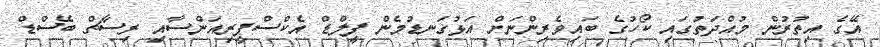
އޭގެ އިތުރުން މުއްދަތުގައި ކޯހުގެ ބައިވެރިންނަށް އަޅުގަނޑުމެން ފީލްޑް އެކްސްޕީރިއަންސާއި ރިސާޗް ބޭސްޑް